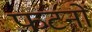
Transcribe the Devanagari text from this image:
फटनों